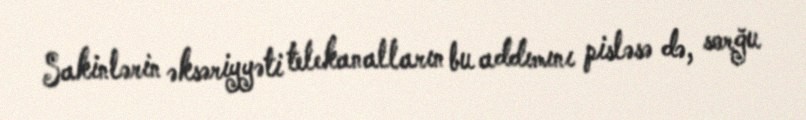
Sakinlərin əksəriyyəti telekanalların bu addımını pisləsə də, sorğu